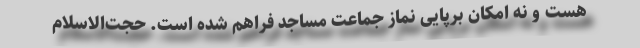
هست و نه امکان برپایی نماز جماعت مساجد فراهم شده است. حجت‌الاسلام